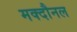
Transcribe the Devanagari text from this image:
मक्दौनल